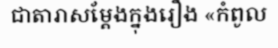
ជាតារាសម្តែងក្នុងរឿង «កំពូល